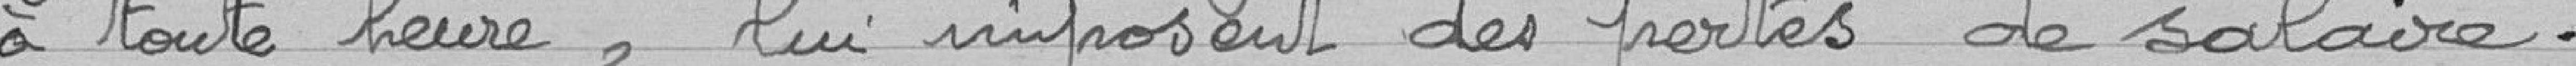
à toute heure lui imposent des pertes de salaire.